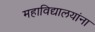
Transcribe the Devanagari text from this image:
महाविद्यालयांना